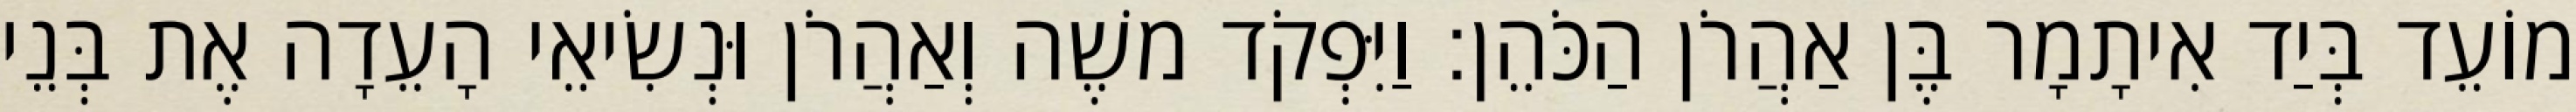
מוֹעֵד בְּיַד אִיתָמָר בֶּן אַהֲרֹן הַכֹּהֵן׃ וַיִּפְקֹד משֶׁה וְאַהֲרֹן וּנְשִׂיאֵי הָעֵדָה אֶת בְּנֵי